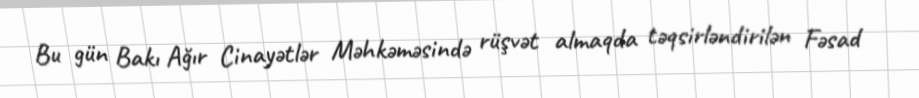
Bu gün Bakı Ağır Cinayətlər Məhkəməsində rüşvət almaqda təqsirləndirilən Fəsad